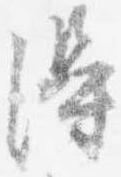
得